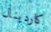
كاردينال